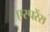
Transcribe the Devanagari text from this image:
एस्परेंस